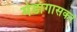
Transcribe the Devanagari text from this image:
मेडागासकर